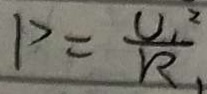
P = \frac { U _ { 1 } ^ { 2 } } { R _ { 1 } }